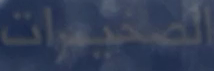
الصحيّرات